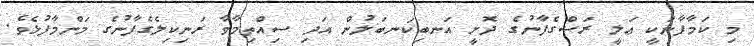
މި ކަމާފާނަކީ ޢަލީ ރަސްގެފާނުގެ ދޮށީ އަނބިކަނބަލުން އަދި ސިއްތިމާވާ ރަނިކިލެގެފާނުގެ މަންމާފުޅެވެ.